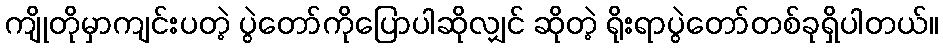
ကျိုတိုမှာကျင်းပတဲ့ ပွဲတော်ကိုပြောပါဆိုလျှင် ဆိုတဲ့ ရိုးရာပွဲတော်တစ်ခုရှိပါတယ်။